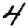
Digit: 4